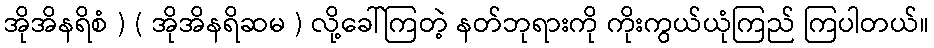
အိုအိနရိစံ ) ( အိုအိနရိဆမ ) လို့ခေါ်ကြတဲ့ နတ်ဘုရားကို ကိုးကွယ်ယုံကြည် ကြပါတယ်။